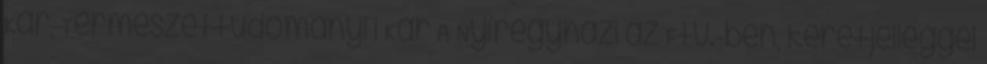
Kar, Természettudományi i Kar A Nyíregyházi az Ftv.-ben, keretjelleggel